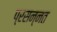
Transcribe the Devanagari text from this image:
प्रसन्नत